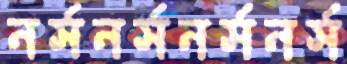
নর্সনর্সনর্সনর্স